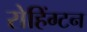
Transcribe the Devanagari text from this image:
रोहिंग्टन